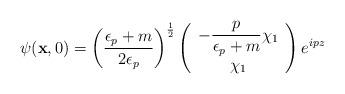
LaTeX: \begin{align*}\psi({\bf x},0) = \left(\frac{\epsilon_p + m}{2\epsilon_p}\right)^\frac{1}{2} \left( \begin{array}{c} {\displaystyle -\frac{p}{\epsilon_p + m}}\chi_1 \\ \chi_1 \end{array} \right) e^{ipz}\end{align*}